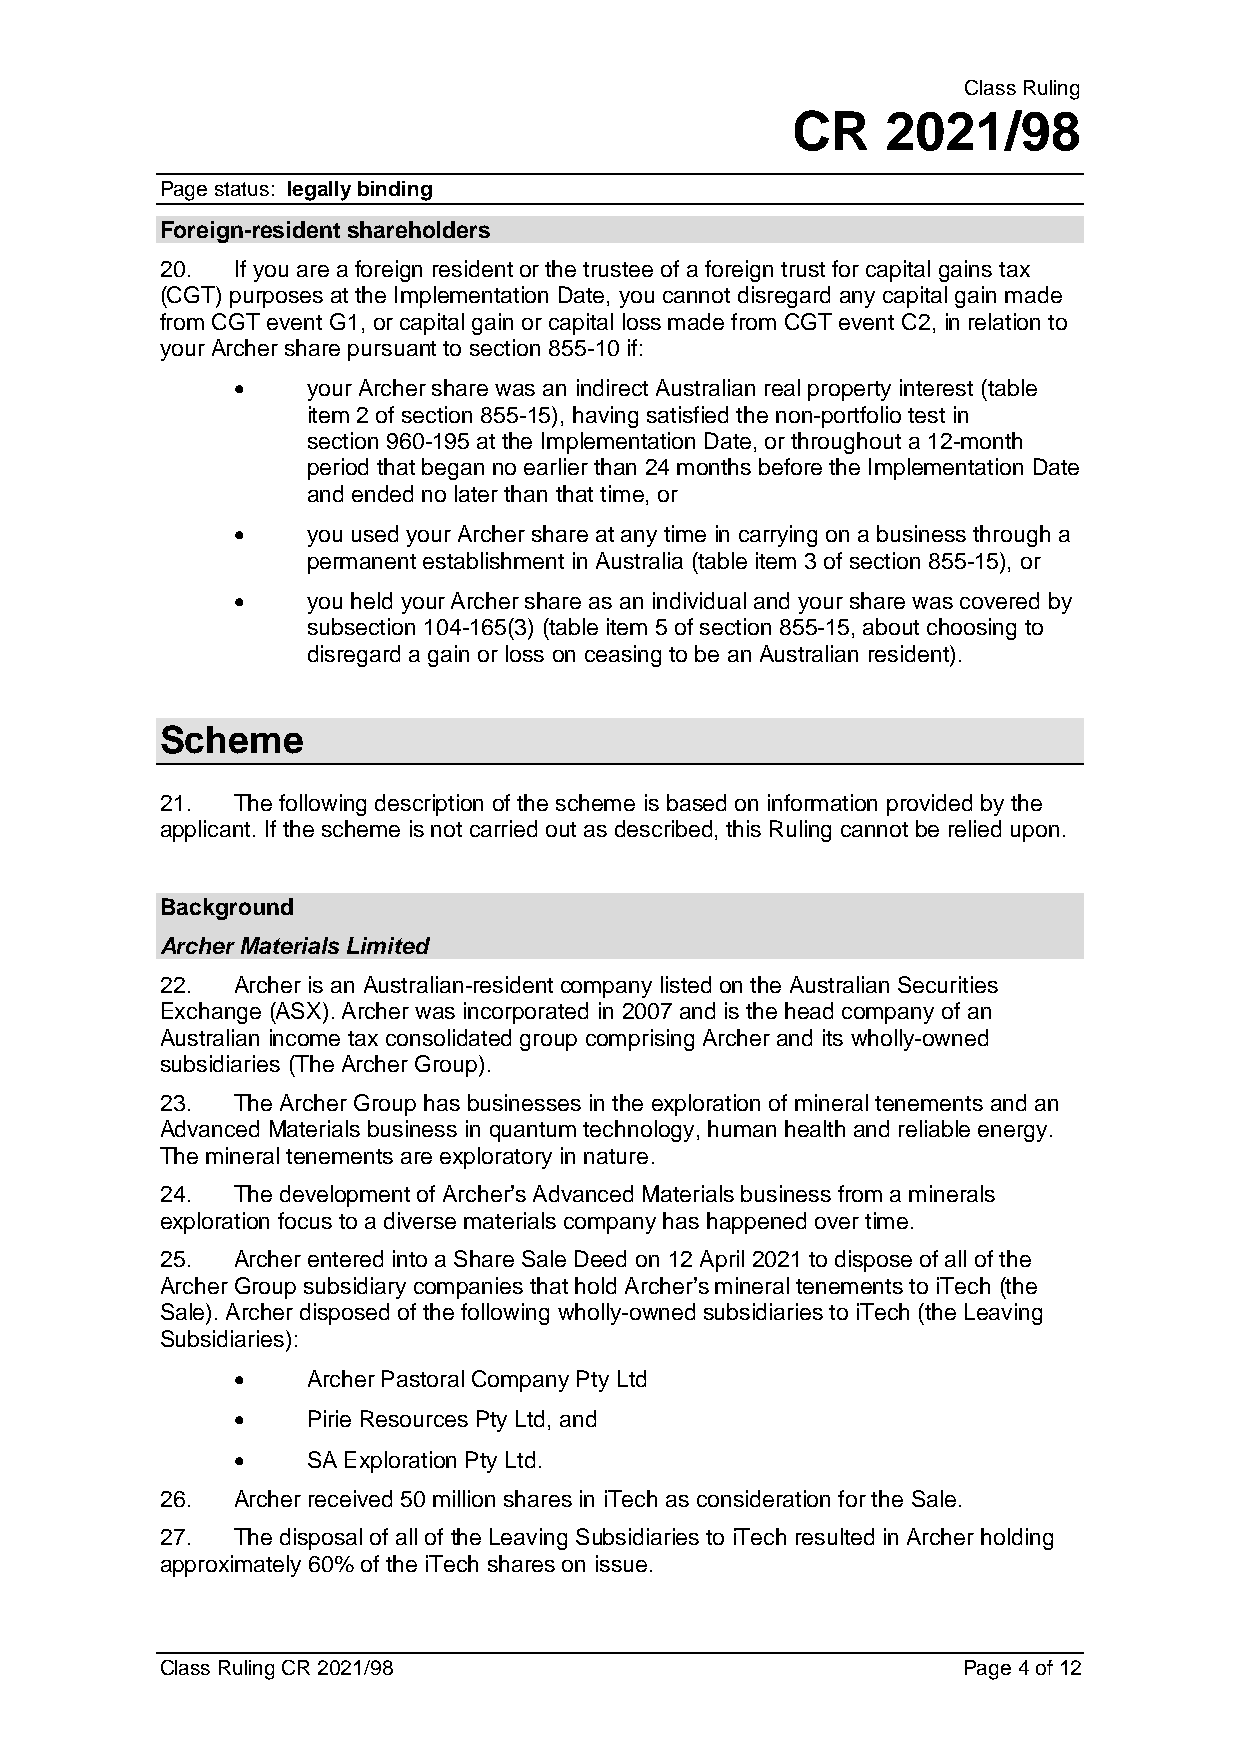
Class Ruling
 CR     2021/98
 Page status: legally binding
 Foreign-resident shareholders
 20. If you are a foreign resident or the trustee of a foreign trust for capital gains tax
 (CGT) purposes at the Implementation Date, you cannot disregard any capital gain made
 from CGT event G1, or capital gain or capital loss made from CGT event C2, in relation to
 your Archer share pursuant to section 855-10 if:
 •    your Archer share was an indirect Australian real property interest (table
 item 2 of section 855-15), having satisfied the non-portfolio test in
 section 960-195 at the Implementation Date, or throughout a 12-month
 period that began no earlier than 24 months before the Implementation Date
 and ended no later than that time, or
 •    you used your Archer share at any time in carrying on a business through a
 permanent establishment in Australia (table item 3 of section 855-15), or
 •    you held your Archer share as an individual and your share was covered by
 subsection 104-165(3) (table item 5 of section 855-15, about choosing to
 disregard a gain or loss on ceasing to be an Australian resident).
 Scheme
 21. The following description of the scheme is based on information provided by the
 applicant. If the scheme is not carried out as described, this Ruling cannot be relied upon.
 Background
 Archer Materials Limited
 22. Archer is an Australian-resident company listed on the Australian Securities
 Exchange (ASX). Archer was incorporated in 2007 and is the head company of an
 Australian income tax consolidated group comprising Archer and its wholly-owned
 subsidiaries (The Archer Group).
 23. The Archer Group has businesses in the exploration of mineral tenements and an
 Advanced Materials business in quantum technology, human health and reliable energy.
 The mineral tenements are exploratory in nature.
 24. The development of Archer’s Advanced Materials business from a minerals
 exploration focus to a diverse materials company has happened over time.
 25. Archer entered into a Share Sale Deed on 12 April 2021 to dispose of all of the
 Archer Group subsidiary companies that hold Archer’s mineral tenements to iTech (the
 Sale). Archer disposed of the following wholly-owned subsidiaries to iTech (the Leaving
 Subsidiaries):
 •    Archer Pastoral Company Pty Ltd
 •    Pirie Resources Pty Ltd, and
 •    SA Exploration Pty Ltd.
 26. Archer received 50 million shares in iTech as consideration for the Sale.
 27. The disposal of all of the Leaving Subsidiaries to iTech resulted in Archer holding
 approximately 60% of the iTech shares on issue.
 Class Ruling CR 2021/98                              Page 4 of 12